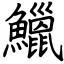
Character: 鱲